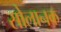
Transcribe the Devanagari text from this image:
सोलानक